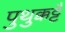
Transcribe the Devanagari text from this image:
पुथुक्कट्टै